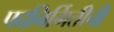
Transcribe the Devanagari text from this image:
पदनिर्मितीची